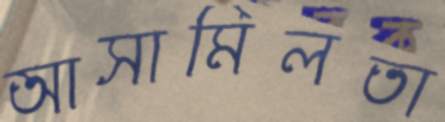
আসামিলতা